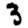
Digit: 3